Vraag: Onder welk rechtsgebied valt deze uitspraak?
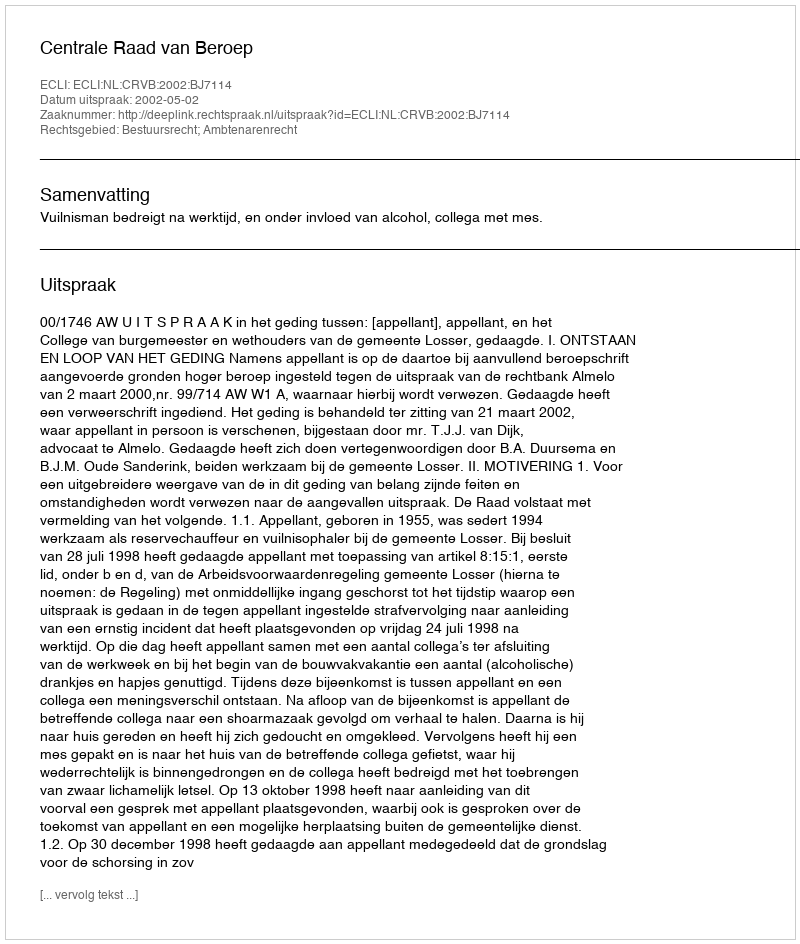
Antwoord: Bestuursrecht; Ambtenarenrecht